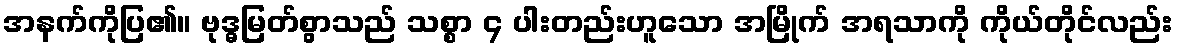
အနက်ကိုပြ၏။ ဗုဒ္ဓမြတ်စွာသည် သစ္စာ ၄ ပါးတည်းဟူသော အမြိုက် အရသာကို ကိုယ်တိုင်လည်း